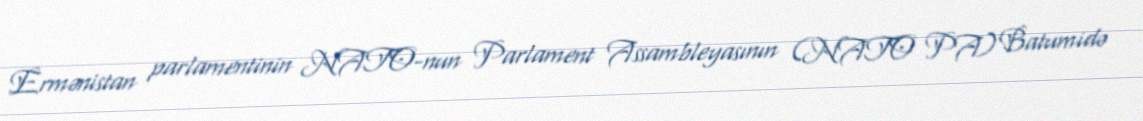
Ermənistan parlamentinin NATO-nun Parlament Assambleyasının (NATO PA) Batumidə